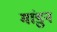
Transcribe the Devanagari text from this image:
मांडुन